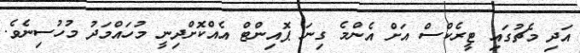
އަދި މެޗުގައި ޓީރެކްސް އަށް އެންމެ ގިނަ ޕޮއިންޓް އެއްކޮށްދިނީ މުހައްމަދު މުހުސިނެވެ.